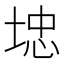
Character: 𱖽